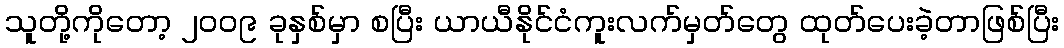
သူတို့ကိုတော့ ၂၀၀၉ ခုနှစ်မှာ စပြီး ယာယီနိုင်ငံကူးလက်မှတ်တွေ ထုတ်ပေးခဲ့တာဖြစ်ပြီး